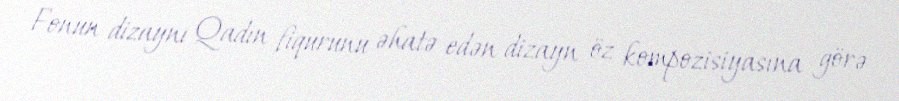
Fonun dizaynı Qadın fiqurunu əhatə edən dizayn öz kompozisiyasına görə